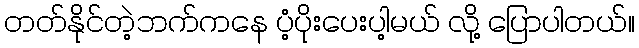
တတ်နိုင်တဲ့ဘက်ကနေ ပံ့ပိုးပေးပါ့မယ် လို့ ပြောပါတယ်။